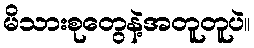
မိသားစုတွေနဲ့အတူတူပဲ။